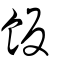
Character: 飯